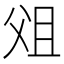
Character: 㸖